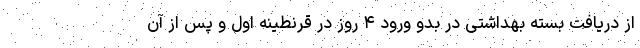
از دریافت بسته بهداشتی در بدو ورود ۴ روز در قرنطینه اول و پس از آن